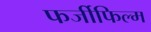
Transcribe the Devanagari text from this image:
फर्जीफिल्म